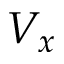
V _ { x }